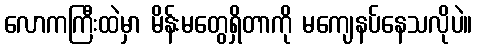
လောကကြီးထဲမှာ မိန်းမတွေရှိတာကို မကျေနပ်နေသလိုပဲ။